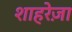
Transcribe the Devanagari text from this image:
शाहरेज़ा